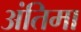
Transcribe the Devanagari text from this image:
अंतिमा